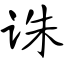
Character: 诛